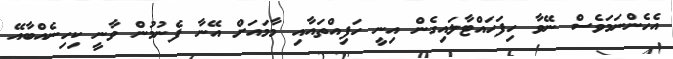
އެހެންނަމަވެސް ނޭވާ ހިފަހައްޓާލައިގެން އިނީ ހަފިއްތައާއި މާމައަށް އޭނާ ފެނުމުން ވާނީ ކިހިނެއްބާއޭ